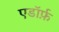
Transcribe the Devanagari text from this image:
एडॉर्फ़